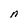
Character: n